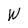
Character: W